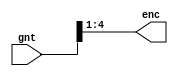
// EECS 470 - Winter 2009
//
// parametrized priority encoder (really just an encoder)
// parameter is output width
//

module pe(gnt,enc);
        //synopsys template
        parameter OUT_WIDTH=4;
        parameter IN_WIDTH=1<<OUT_WIDTH;

	input   [IN_WIDTH-1:0] gnt;

	output [OUT_WIDTH-1:0] enc;
        wor    [OUT_WIDTH-1:0] enc;
        
        genvar i,j;
        generate
          for(i=0;i<OUT_WIDTH;i=i+1)
          begin : foo
            for(j=1;j<IN_WIDTH;j=j+1)
            begin : bar
              if (j[i])
                assign enc[i] = gnt[j];
            end
          end
        endgenerate
endmodule